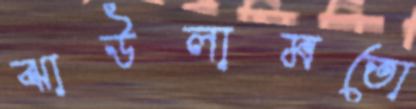
ঝাউলামতো